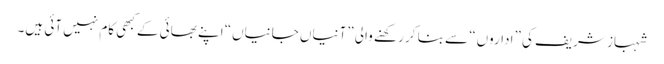
شہباز شریف کی ”اداروں“ سے بنا کر رکھنے والی ”آنیاں جانیاں“ اپنے بھائی کے کبھی کام نہیں آئی ہیں۔